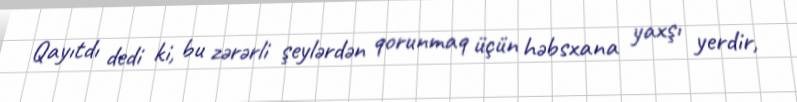
Qayıtdı dedi ki, bu zərərli şeylərdən qorunmaq üçün həbsxana yaxşı yerdir,